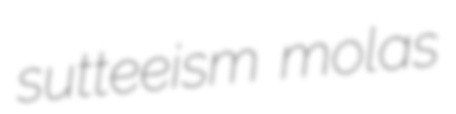
sutteeism molas